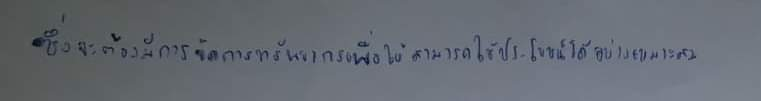
ซึ่งจะต้องมีการจัดการทรัพยากรเพื่อให้สามารถใช้ประโยชน์ได้อย่างเหมาะสม